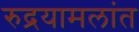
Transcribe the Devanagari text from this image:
रुद्रयामलांत